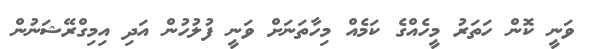
ވަނީ ކޮން ހަތަރު މީހެއްގެ ކަމެއް މިހާތަނަށް ވަނީ ފުލުހުން އަދި އިމިގްރޭޝަނުން